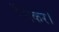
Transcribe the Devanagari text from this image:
रँगकर।